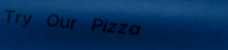
Try Our Pizza